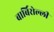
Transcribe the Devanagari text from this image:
बार्बिरोल्ली